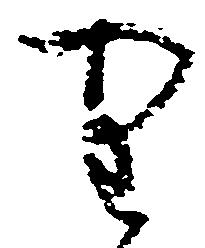
り